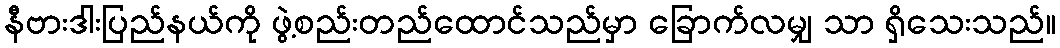
နီဗားဒါးပြည်နယ်ကို ဖွဲ့စည်းတည်ထောင်သည်မှာ ခြောက်လမျှ သာ ရှိသေးသည်။